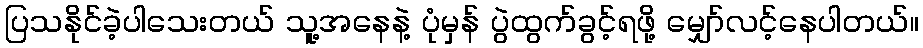
ပြသနိုင်ခဲ့ပါသေးတယ် သူ့အနေနဲ့ ပုံမှန် ပွဲထွက်ခွင့်ရဖို့ မျှော်လင့်နေပါတယ်။